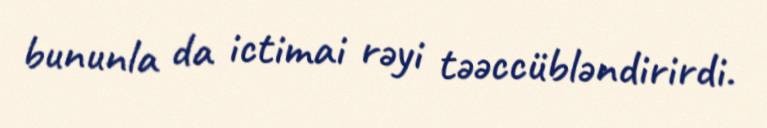
bununla da ictimai rəyi təəccübləndirirdi.